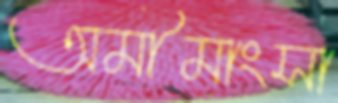
অমীমাংসা